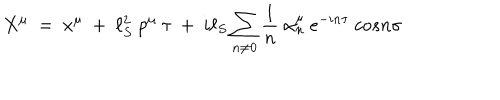
X ^ { \mu } ~ = ~ x ^ { \mu } ~ + ~ \ell _ { S } ^ { 2 } ~ p ^ { \mu } ~ \tau ~ + ~ i \ell _ { S } \sum _ { n \ne 0 } \frac { 1 } { n } ~ \alpha _ { n } ^ { \mu } ~ e ^ { - i n \tau } ~ c o s n \sigma